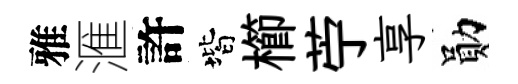
雅滙許階櫛苧享勛